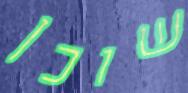
שוכן